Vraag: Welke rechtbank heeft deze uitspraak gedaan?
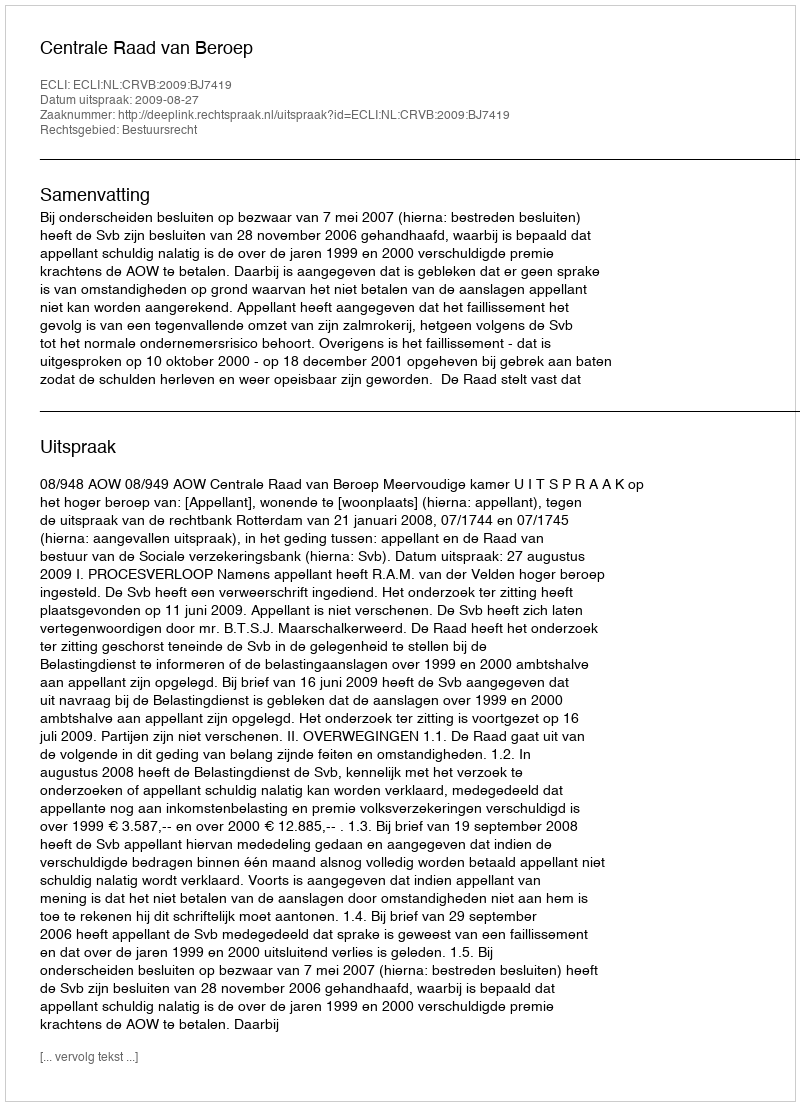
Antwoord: Centrale Raad van Beroep